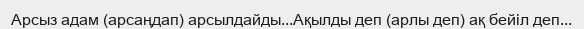
Арсыз адам (арсаңдап) арсылдайды...Ақылды деп (арлы деп) ақ бейіл деп...